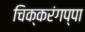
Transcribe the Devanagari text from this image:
चिक्करंगप्पा